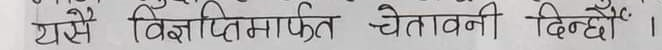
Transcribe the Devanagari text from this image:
यसै विज्ञापनमार्फत चेतावनी दिन्छौं।